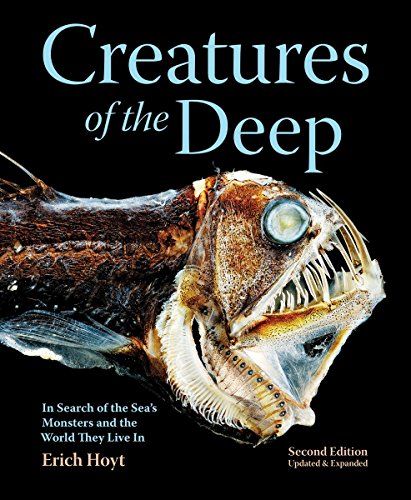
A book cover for Creatures of the Deep: In Search of the Sea's Monsters and the World They Live In; Erich Hoyt; Science & Math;